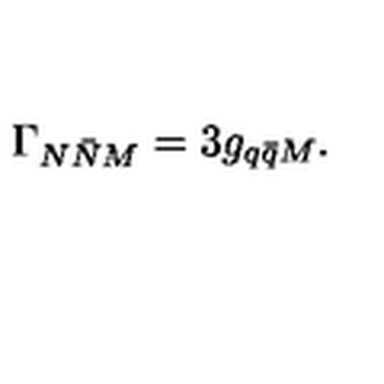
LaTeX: \Gamma _ { N \bar { N } M } = 3 g _ { q \bar { q } M } .